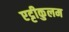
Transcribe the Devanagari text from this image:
एट्टीकुलम